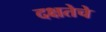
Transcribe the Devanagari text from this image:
दक्षतेचे